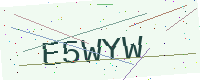
Text: E5WYW